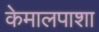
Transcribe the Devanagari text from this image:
केमालपाशा